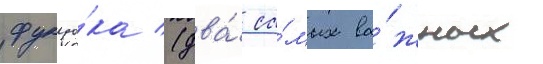
фукуо́ка (два́ са́мых ва́жных